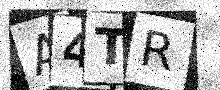
Text: A4TR